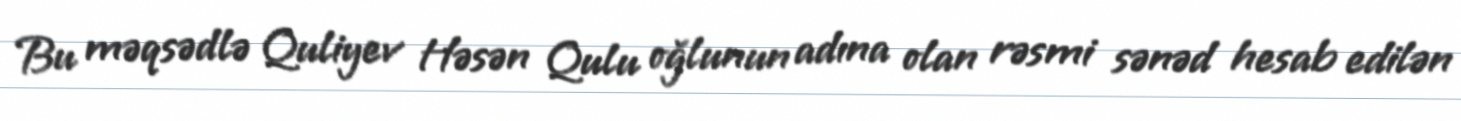
Bu məqsədlə Quliyev Həsən Qulu oğlunun adına olan rəsmi sənəd hesab edilən